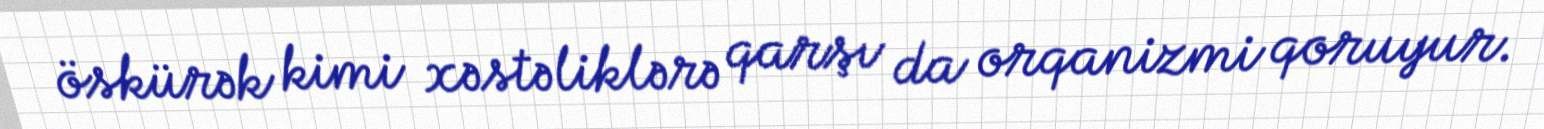
öskürək kimi xəstəliklərə qarşı da orqanizmi qoruyur.